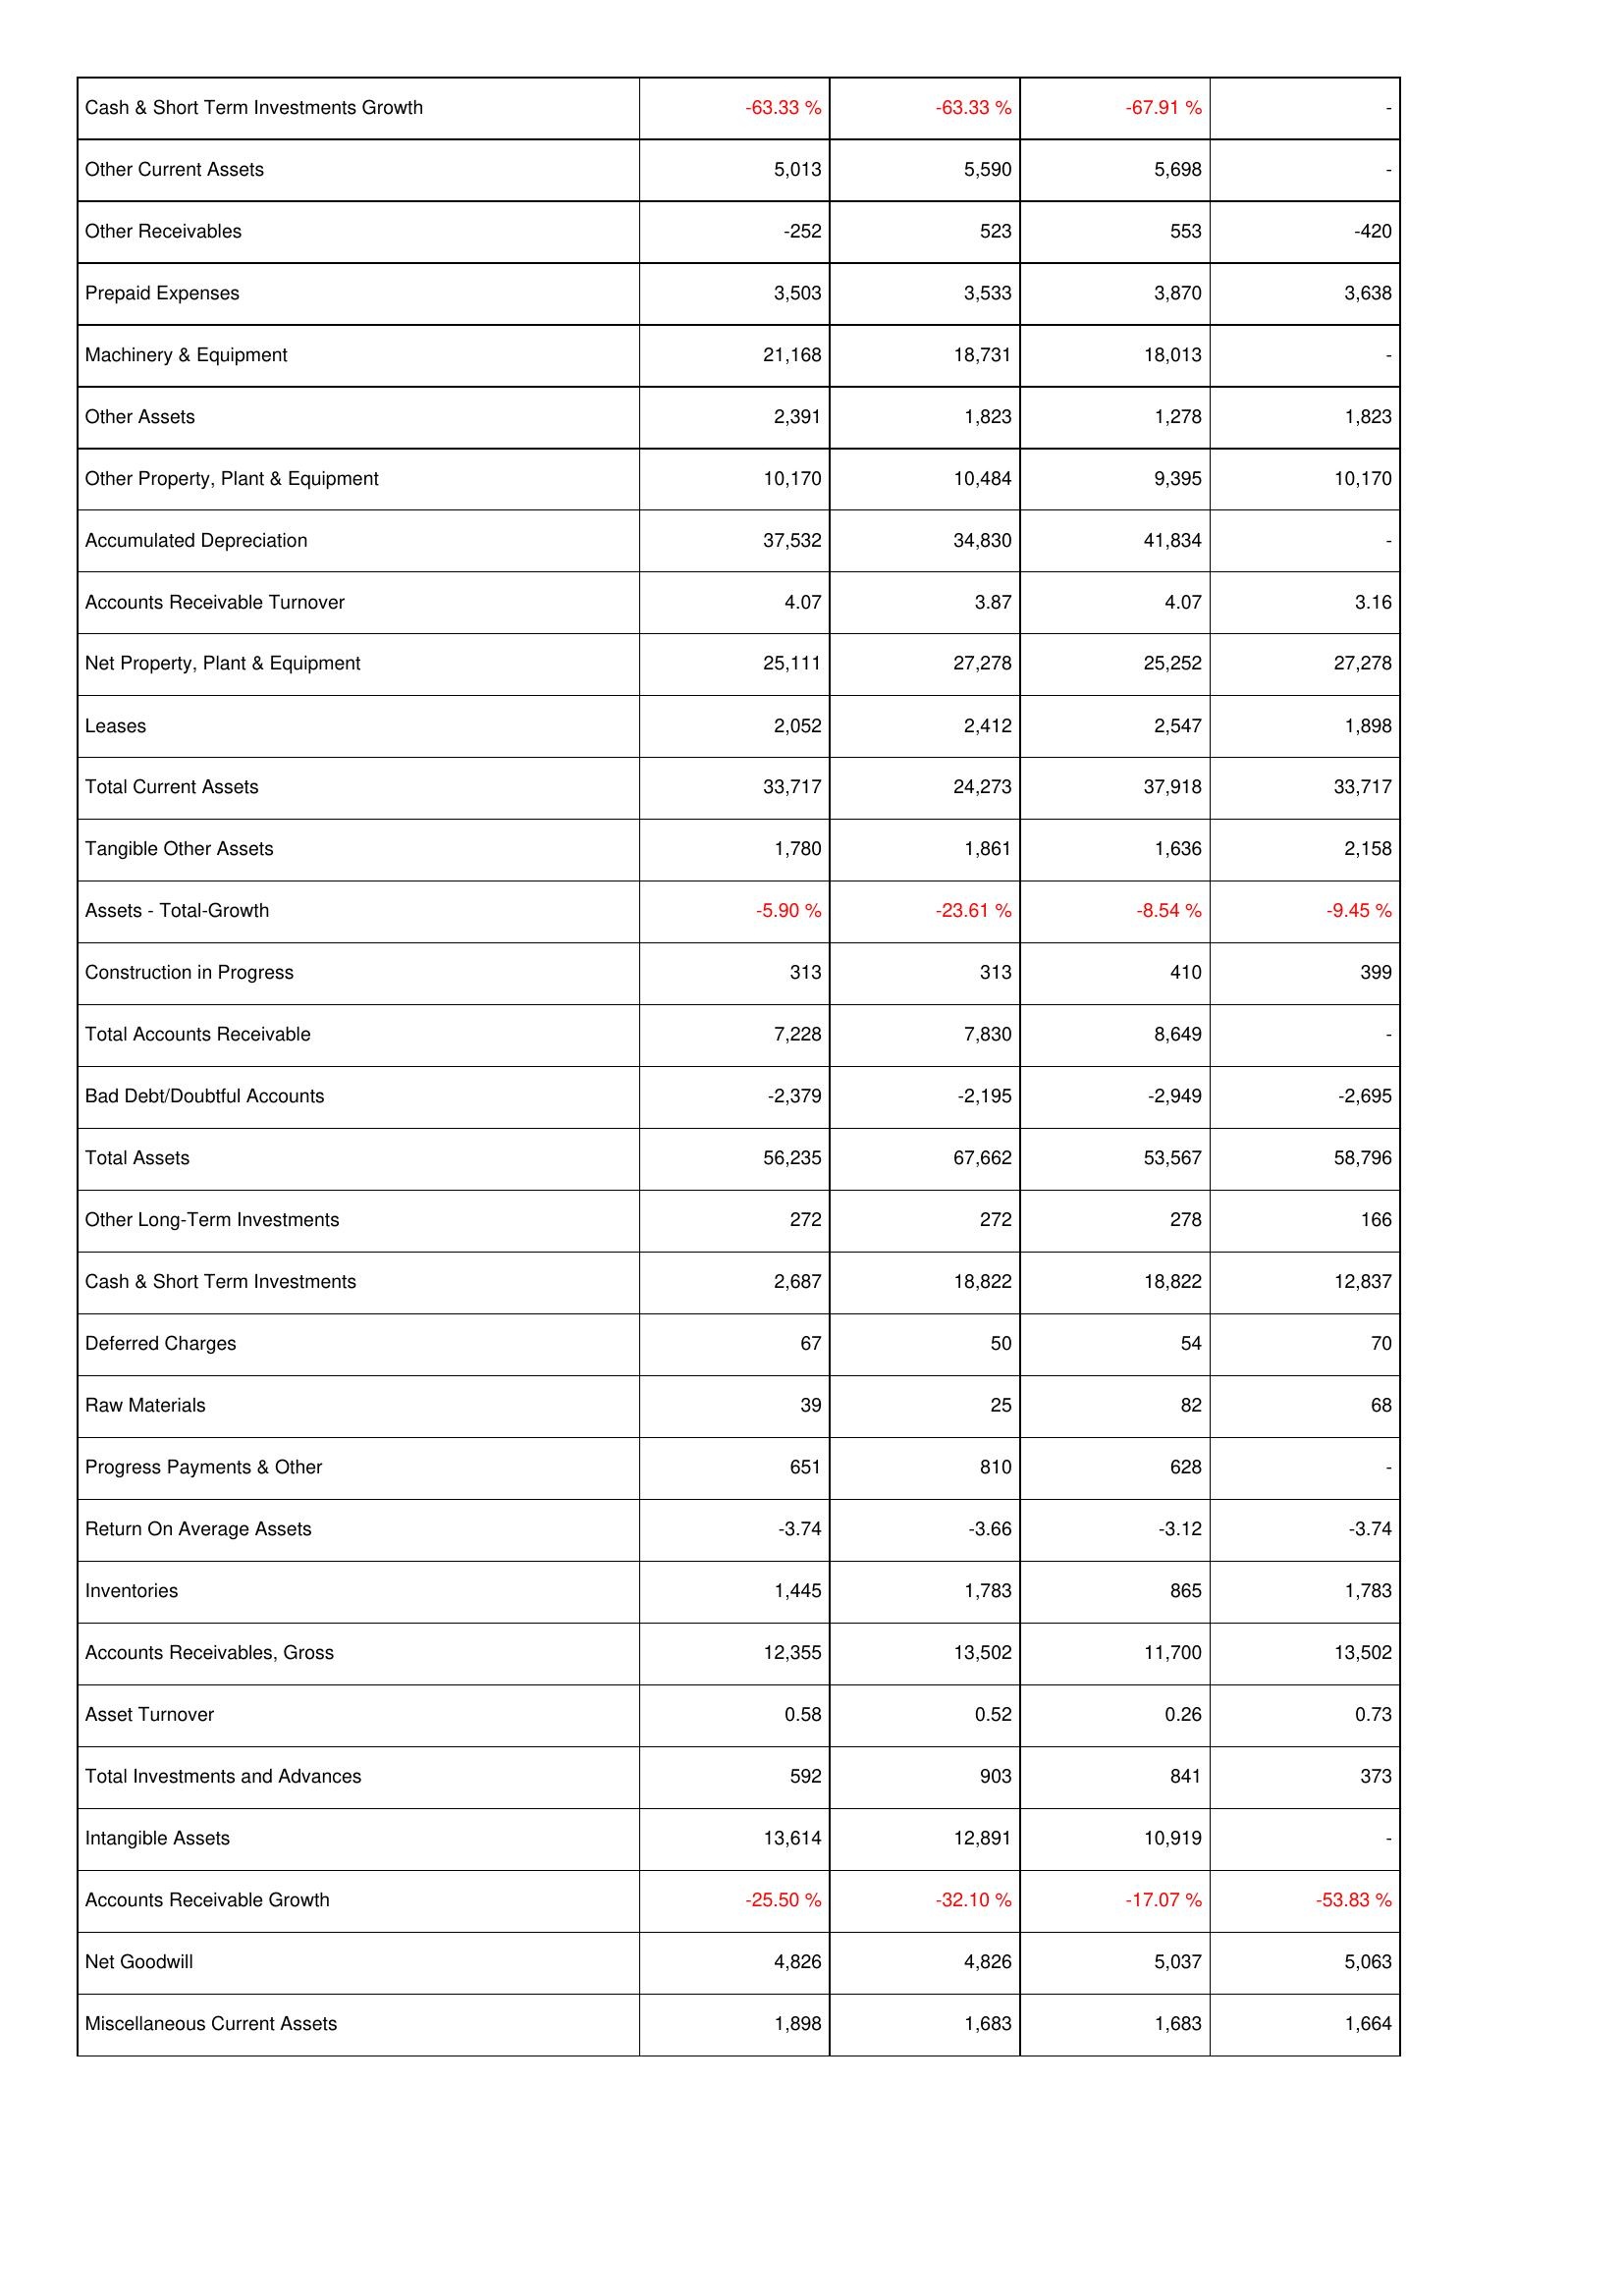
2009: Assets: Cash & Short Term Investments Growth: -63.33 %
Other Current Assets: 5,013
Other Receivables: -252
Prepaid Expenses: 3,503
Machinery & Equipment: 21,168
Other Assets: 2,391
Other Property, Plant & Equipment: 10,170
Accumulated Depreciation: 37,532
Accounts Receivable Turnover: 4.07
Net Property, Plant & Equipment: 25,111
Leases: 2,052
Total Current Assets: 33,717
Tangible Other Assets: 1,780
Assets - Total-Growth: -5.90 %
Construction in Progress: 313
Total Accounts Receivable: 7,228
Bad Debt/Doubtful Accounts: -2,379
Total Assets: 56,235
Other Long-Term Investments: 272
Cash & Short Term Investments: 2,687
Deferred Charges: 67
Raw Materials: 39
Progress Payments & Other: 651
Return On Average Assets: -3.74
Inventories: 1,445
Accounts Receivables, Gross: 12,355
Asset Turnover: 0.58
Total Investments and Advances: 592
Intangible Assets: 13,614
Accounts Receivable Growth: -25.50 %
Net Goodwill: 4,826
Miscellaneous Current Assets: 1,898
2008: Assets: Cash & Short Term Investments Growth: -63.33 %
Other Current Assets: 5,590
Other Receivables: 523
Prepaid Expenses: 3,533
Machinery & Equipment: 18,731
Other Assets: 1,823
Other Property, Plant & Equipment: 10,484
Accumulated Depreciation: 34,830
Accounts Receivable Turnover: 3.87
Net Property, Plant & Equipment: 27,278
Leases: 2,412
Total Current Assets: 24,273
Tangible Other Assets: 1,861
Assets - Total-Growth: -23.61 %
Construction in Progress: 313
Total Accounts Receivable: 7,830
Bad Debt/Doubtful Accounts: -2,195
Total Assets: 67,662
Other Long-Term Investments: 272
Cash & Short Term Investments: 18,822
Deferred Charges: 50
Raw Materials: 25
Progress Payments & Other: 810
Return On Average Assets: -3.66
Inventories: 1,783
Accounts Receivables, Gross: 13,502
Asset Turnover: 0.52
Total Investments and Advances: 903
Intangible Assets: 12,891
Accounts Receivable Growth: -32.10 %
Net Goodwill: 4,826
Miscellaneous Current Assets: 1,683
2007: Assets: Cash & Short Term Investments Growth: -67.91 %
Other Current Assets: 5,698
Other Receivables: 553
Prepaid Expenses: 3,870
Machinery & Equipment: 18,013
Other Assets: 1,278
Other Property, Plant & Equipment: 9,395
Accumulated Depreciation: 41,834
Accounts Receivable Turnover: 4.07
Net Property, Plant & Equipment: 25,252
Leases: 2,547
Total Current Assets: 37,918
Tangible Other Assets: 1,636
Assets - Total-Growth: -8.54 %
Construction in Progress: 410
Total Accounts Receivable: 8,649
Bad Debt/Doubtful Accounts: -2,949
Total Assets: 53,567
Other Long-Term Investments: 278
Cash & Short Term Investments: 18,822
Deferred Charges: 54
Raw Materials: 82
Progress Payments & Other: 628
Return On Average Assets: -3.12
Inventories: 865
Accounts Receivables, Gross: 11,700
Asset Turnover: 0.26
Total Investments and Advances: 841
Intangible Assets: 10,919
Accounts Receivable Growth: -17.07 %
Net Goodwill: 5,037
Miscellaneous Current Assets: 1,683
2006: Assets: Cash & Short Term Investments Growth: -
Other Current Assets: -
Other Receivables: -420
Prepaid Expenses: 3,638
Machinery & Equipment: -
Other Assets: 1,823
Other Property, Plant & Equipment: 10,170
Accumulated Depreciation: -
Accounts Receivable Turnover: 3.16
Net Property, Plant & Equipment: 27,278
Leases: 1,898
Total Current Assets: 33,717
Tangible Other Assets: 2,158
Assets - Total-Growth: -9.45 %
Construction in Progress: 399
Total Accounts Receivable: -
Bad Debt/Doubtful Accounts: -2,695
Total Assets: 58,796
Other Long-Term Investments: 166
Cash & Short Term Investments: 12,837
Deferred Charges: 70
Raw Materials: 68
Progress Payments & Other: -
Return On Average Assets: -3.74
Inventories: 1,783
Accounts Receivables, Gross: 13,502
Asset Turnover: 0.73
Total Investments and Advances: 373
Intangible Assets: -
Accounts Receivable Growth: -53.83 %
Net Goodwill: 5,063
Miscellaneous Current Assets: 1,664